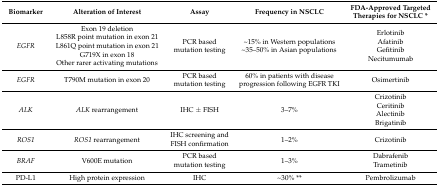
<table><thead><tr><td><b>Biomarker</b></td><td><b>Alteration of Interest</b></td><td><b>Assay</b></td><td><b>Frequency in NSCLC</b></td><td><b>FDA-Approved Targeted Therapies for NSCLC *</b></td></tr></thead><tbody><tr><td><i>EGFR</i></td><td>Exon 19 deletionL858R point mutation in exon 21L861Q point mutation in exon 21G719X in exon 18Other rarer activating mutations</td><td>PCR based mutation testing</td><td>~15% in Western populations~35–50% in Asian populations</td><td>ErlotinibAfatinibGefitinibNecitumumab</td></tr><tr><td><i>EGFR</i></td><td>T790M mutation in exon 20</td><td>PCR based mutation testing</td><td>60% in patients with disease progression following EGFR TKI</td><td>Osimertinib</td></tr><tr><td><i>ALK</i></td><td><i>ALK</i> rearrangement</td><td>IHC ± FISH</td><td>3–7%</td><td>CrizotinibCeritinibAlectinibBrigatinib</td></tr><tr><td><i>ROS1</i></td><td><i>ROS1</i> rearrangement </td><td>IHC screening and FISH confirmation</td><td>1–2%</td><td>Crizotinib</td></tr><tr><td><i>BRAF</i></td><td>V600E mutation</td><td>PCR based mutation testing</td><td>1–3%</td><td>DabrafenibTrametinib</td></tr><tr><td>PD-L1</td><td>High protein expression</td><td>IHC</td><td>~30% **</td><td>Pembrolizumab</td></tr></tbody></table>